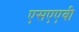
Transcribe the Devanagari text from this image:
एसएएबी